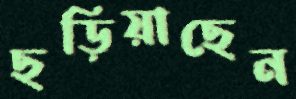
ছড়িয়াছেন